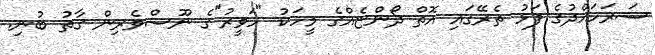
ސަރަހައްދުގެ ފަޅު ތެރޭގައި އޮތް ދޯންޏެއްގެ މީހަކު "ހަވީރު"ގެ ނޫސްވެރިން ގާތު ބުނި.